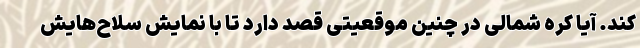
کند. آیا کره شمالی در چنین موقعیتی قصد دارد تا با نمایش سلاح‌هایش